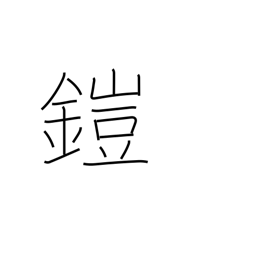
Meaning: put on armor